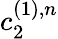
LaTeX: c_{2}^{(1),n}